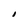
Character: I